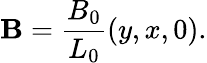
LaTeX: \mathbf{B}=\frac{B_{0}}{L_{0}}\left(y,x,0\right).